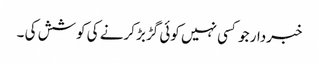
خبردار جو کسی نہیں کوئی گڑبڑ کرنے کی کوشش کی ۔